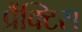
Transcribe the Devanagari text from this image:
प्रैंक्टिस